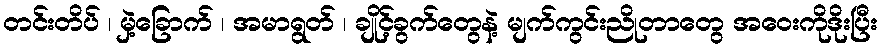
တင်းတိပ် ၊ မှဲ့ခြောက် ၊ အမာရွတ် ၊ ချိုင့်ခွက်တွေနဲ့ မျက်ကွင်းညိုတာတွေ အဝေးကိုဒိုးပြီး